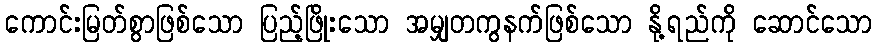
ကောင်းမြတ်စွာဖြစ်သော ပြည့်ဖြိုးသော အမျှတကွနက်ဖြစ်သော နို့ရည်ကို ဆောင်သော